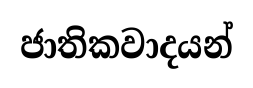
ජාතිකවාදයන්